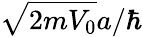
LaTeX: {\sqrt{2mV_{0}}}a/\hbar